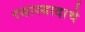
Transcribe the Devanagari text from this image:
रसास्वादाचे